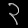
Digit: ၃